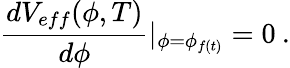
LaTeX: \frac{dV_{eff}(\phi,T)}{d\phi}|_{\phi=\phi_{f(t)}}=0\: .